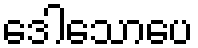
ဒေါသောပေ